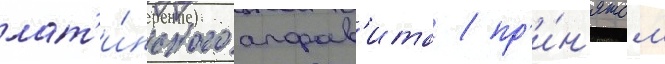
лат'и́нского алфав'ита / пр'и́н'ятом